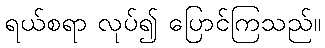
ရယ်စရာ လုပ်၍ ပြောင်ကြသည်။